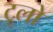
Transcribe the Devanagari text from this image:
टूलो